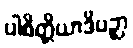
ပါစိတ္တိယာဒိပဉှာ